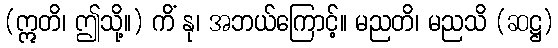
(ဣတိ၊ ဤသို့။) ကိံ နု၊ အဘယ်ကြောင့်။ မညတိ၊ မညသိ (ဆဋ္ဌ)